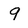
Character: 9